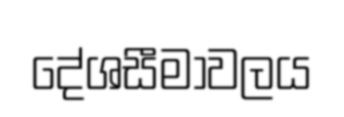
දේශසීමාවලය